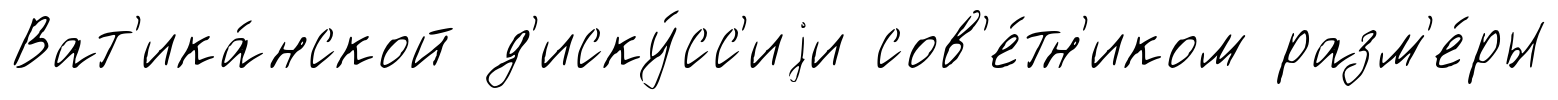
Ват'ика́нской д'иску́сс'иjи сов'е́тн'иком разм'е́ры